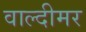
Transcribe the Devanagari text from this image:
वाल्दीमर